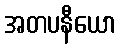
အတပနီယော